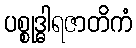
ပစ္စုဒ္ဓါရဇာတိကံ